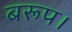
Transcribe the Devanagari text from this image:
बरूप।